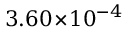
3 . 6 0 \! \times \! 1 0 ^ { - 4 }